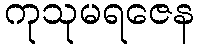
ကုသုမရဇေန